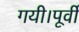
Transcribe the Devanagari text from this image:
गयी।पूर्वी